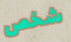
شخص